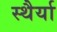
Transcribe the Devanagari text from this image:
स्थैर्या